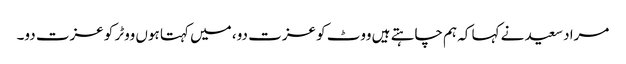
مراد سعید نے کہا کہ ہم چاہتے ہیں ووٹ کو عزت دو، میں کہتا ہوں ووٹر کو عزت دو۔